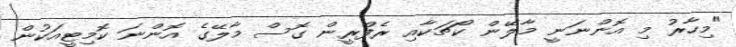
"މިހާރު މި އޮންނަނީ މާލޭން ކޯޗަކާއި ރެފްރީން ގޮސް މާލޭގެ އޮންނަ ކޮމިޓީއަކުން